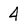
Character: 4